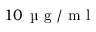
1 0 \, \mathrm { ~ \textmu ~ g ~ } / \mathrm { ~ m ~ l ~ }